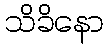
သိခိနော